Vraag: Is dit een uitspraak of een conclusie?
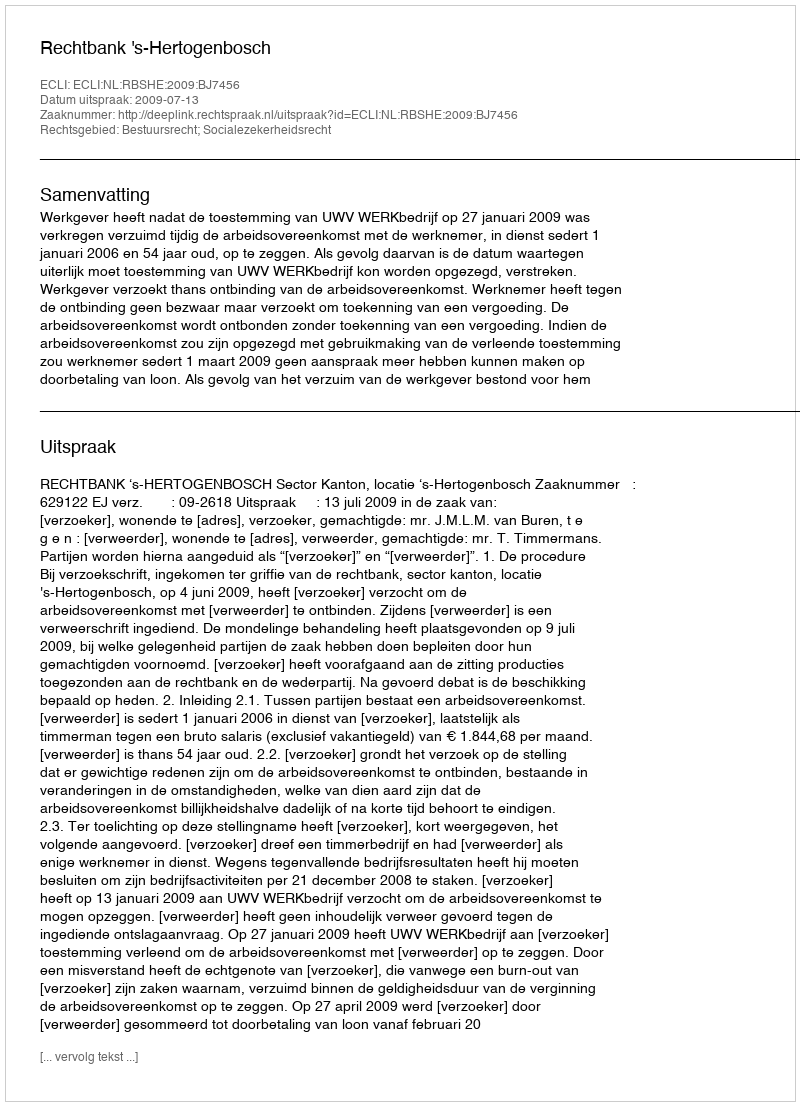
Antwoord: Uitspraak